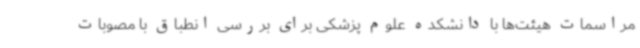
مراسمات هیئت‌ها با دانشکده علوم پزشکی برای بررسی انطباق با مصوبات